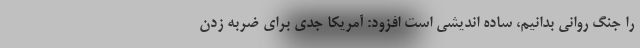
را جنگ روانی بدانیم، ساده اندیشی است افزود: آمریکا جدی برای ضربه زدن